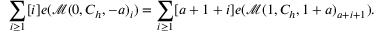
\sum _ { i \geq 1 } [ i ] e ( \mathcal { M } ( 0 , C _ { h } , - a ) _ { i } ) = \sum _ { i \geq 1 } [ a + 1 + i ] e ( \mathcal { M } ( 1 , C _ { h } , 1 + a ) _ { a + i + 1 } ) .